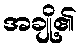
အချို့၏